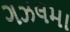
ગઝલમા